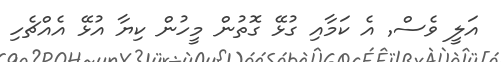
އަލީ ވެސް